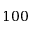
1 0 0